Vaccination returns of the Province of Eastern Bengal and Assam - 1905-1912
Year: 1905
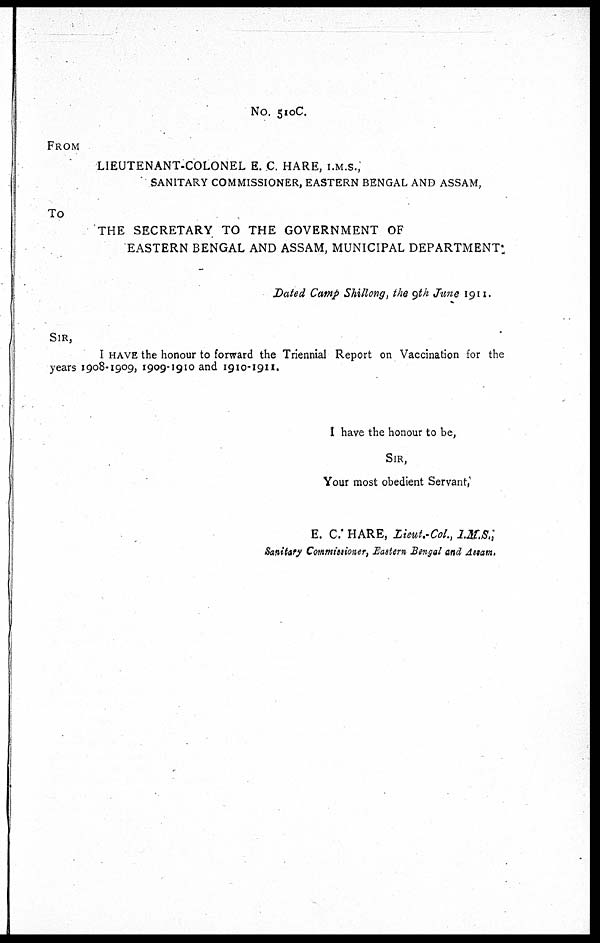
No. 510C.
FROM
LIEUTENANT-COLONEL E. C. HARE, I.M.S.,
SANITARY COMMISSIONER, EASTERN BENGAL AND ASSAM,
TO
THE SECRETARY TO THE GOVERNMENT OF
EASTERN BENGAL AND ASSAM, MUNICIPAL DEPARTMENT.
Dated Camp Shillong, the 9th June 1911.
SIR,
I HAVE the honour to forward the Triennial Report on Vaccination for the
years 1908-1909, 1909-1910 and 1910-1911.
I have the honour to be,
SIR,
Your most obedient Servant,
E. C. HARE, Lieut.-Col., I.M.S.,
Sanitary Commissioner, Eastern Bengal and Assam.